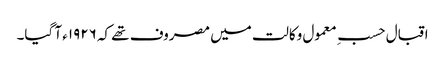
اقبال حسبِ معمول وکالت میں مصروف تھے کہ ١٩٢٦ء آ گیا۔